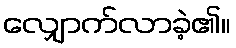
လျှောက်လာခဲ့၏။